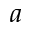
a